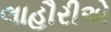
લાહૌરીએ